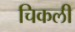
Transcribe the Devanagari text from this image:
चिकली